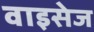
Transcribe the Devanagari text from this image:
वाइसेज